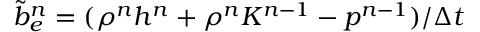
\tilde { b } _ { e } ^ { n } = ( \rho ^ { n } h ^ { n } + \rho ^ { n } K ^ { n - 1 } - p ^ { n - 1 } ) / \Delta t